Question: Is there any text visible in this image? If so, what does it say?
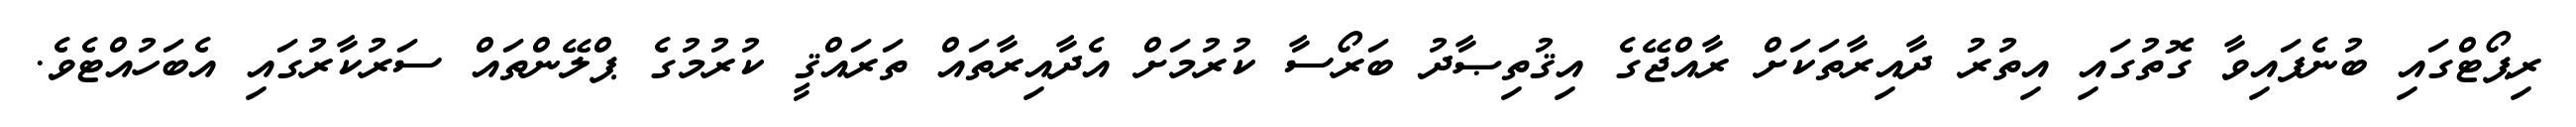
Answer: ރިޕޯޓްގައި ބުނެފައިވާ ގޮތުގައި އިތުރު ދާއިރާތަކަށް ރާއްޖޭގެ އިޤުތިޞާދު ބަރޯސާ ކުރުމަށް އެދާއިރާތައް ތަރައްޤީ ކުރުމުގެ ޕްލޭންތައް ސަރުކާރުގައި އެބަހުއްޓެވެ.